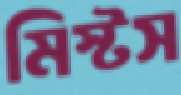
মিস্টস